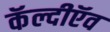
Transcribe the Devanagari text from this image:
कॅल्दीऍव